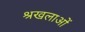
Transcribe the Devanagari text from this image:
श्रखलाओं